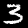
Digit: 3